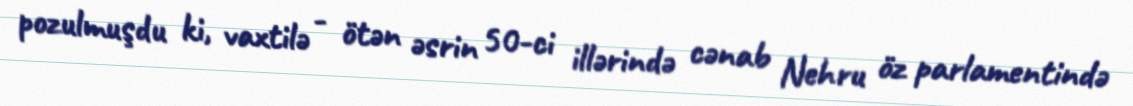
pozulmuşdu ki, vaxtilə - ötən əsrin 50-ci illərində cənab Nehru öz parlamentində